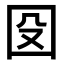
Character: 𡇀